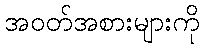
အဝတ်အစားများကို